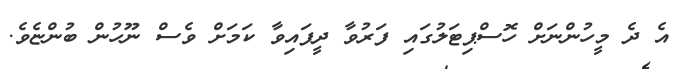
އެ ދެ މީހުންނަށް ހޮސްޕިޓަލުގައި ފަރުވާ ދީފައިވާ ކަމަށް ވެސް ނޫހުން ބުންޏެވެ.